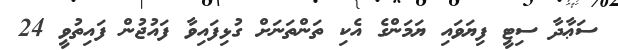
ސަޢާދާ ސިޓީ ފިޔަވައި ޔަމަންގެ އެކި ތަންތަނަށް ގުޅިފައިވާ ފައުޖުން ފައިތުވީ 24